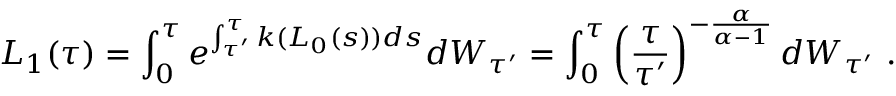
L _ { 1 } ( \tau ) = \int _ { 0 } ^ { \tau } e ^ { \int _ { \tau ^ { \prime } } ^ { \tau } k ( L _ { 0 } ( s ) ) d s } d W _ { \tau ^ { \prime } } = \int _ { 0 } ^ { \tau } \left( \frac { \tau } { \tau ^ { \prime } } \right) ^ { - \frac { \alpha } { \alpha - 1 } } d W _ { \tau ^ { \prime } } \ .